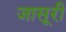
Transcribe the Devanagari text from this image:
जासूरी